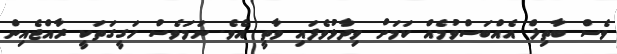
ވެސް ބާތިލް އެއްބަސްވުމެއް ކަމަށް ވިދާޅުވެފައި ވާތީ އެވެ. ނަމަވެސް ހަގީގަތަކީ ރާއްޖެއިން